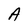
Character: A